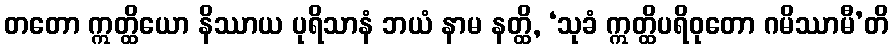
တတော ဣတ္ထိယော နိဿာယ ပုရိသာနံ ဘယံ နာမ နတ္ထိ, ‘သုခံ ဣတ္ထိပရိဝုတော ဂမိဿာမီ’တိ